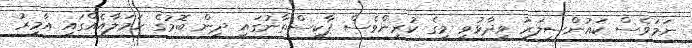
ނަމަވެސް ކައުންސިލަރު ވިދާޅުވީ މީގެ ކުރިންވެސް ޕާކިސްތާނުގައި ދިން ބޮމުގެ ހަމަލާއެއްގައި އާމިރު